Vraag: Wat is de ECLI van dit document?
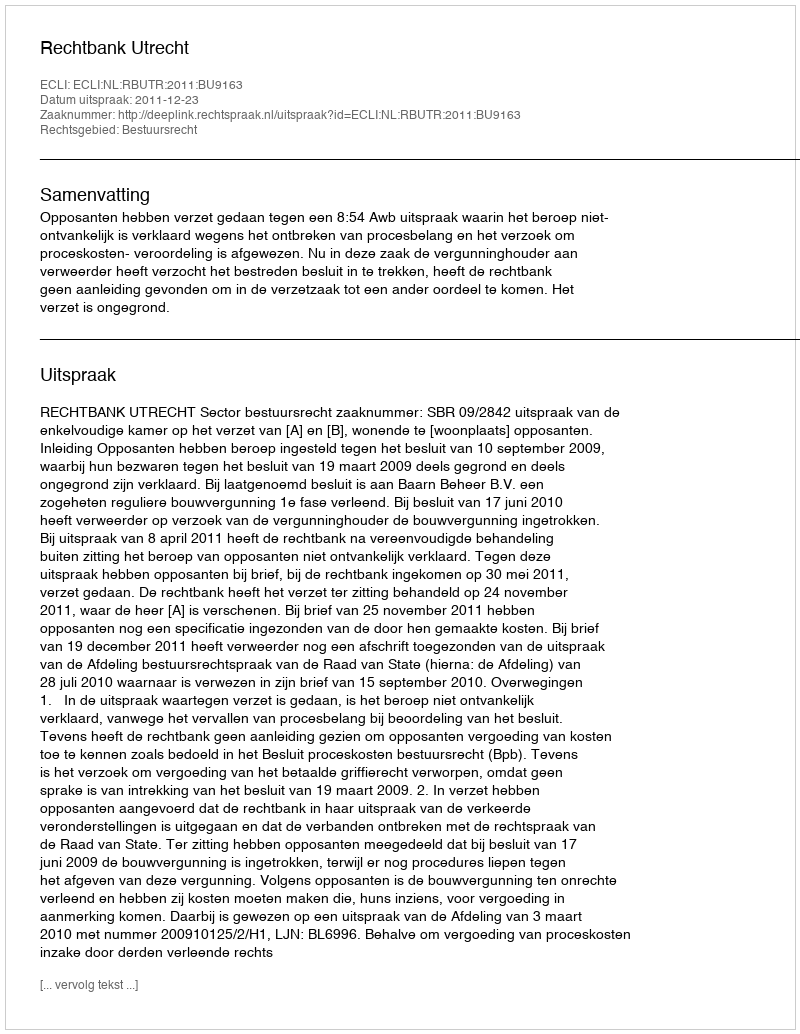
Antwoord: ECLI:NL:RBUTR:2011:BU9163